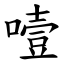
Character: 噎